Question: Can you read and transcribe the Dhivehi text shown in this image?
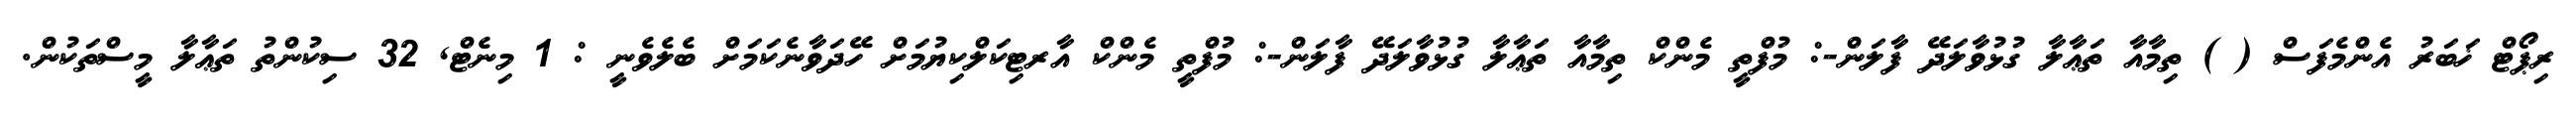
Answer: ރިޕޯޓް ޚަބަރު އެންމެފަސް ( ) ތިމާއާ ތަޢާލާ ގުޅުވާލަދޭ ފާލަން-: މުފްތީ މެންކް ތިމާއާ ތަޢާލާ ގުޅުވާލަދޭ ފާލަން-: މުފްތީ މެންކް އާރޓިކަލްކިޔުމަށް ހޭދަވާނެކަމަށް ބެލެވެނީ : 1 މިނެޓް, 32 ސިކުންތު ތަޢާލާ މީސްތަކުން.